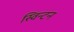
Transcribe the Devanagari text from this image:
स्विन्टन